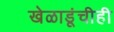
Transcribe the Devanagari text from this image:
खेळाडूंचीही